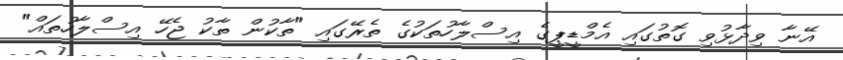
އޭނާ ވިދާޅުވި ގޮތުގައި އެމްޑީޕީގެ އިސްލާހުތަކުގެ ތެރޭގައި "ތާކުން ތާކު ޖެހޭ އިސްލާހުތައް"